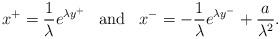
LaTeX: \begin{align*}x^{+} = {1\over\lambda} e^{\lambda y^{+}}\;\;\;\mbox{and}\;\;\;x^{-} = -{1\over\lambda} e^{\lambda y^{-}} + {a\over \lambda^{2}}.\end{align*}